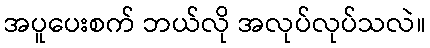
အပူပေးစက် ဘယ်လို အလုပ်လုပ်သလဲ။